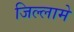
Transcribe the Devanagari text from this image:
जिल्लामे